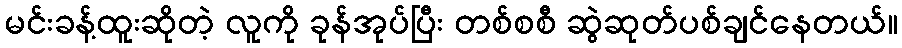
မင်းခန့်ထူးဆိုတဲ့ လူကို ခုန်အုပ်ပြီး တစ်စစီ ဆွဲဆုတ်ပစ်ချင်နေတယ်။